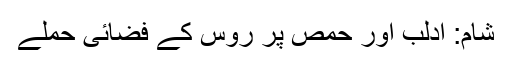
شام: ادلب اور حمص پر روس کے فضائی حملے